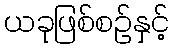
ယခုဖြစ်စဉ်နှင့်